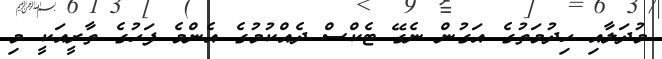
މުދަލާއި ހިދުމަތުގެ އަގުން ނެގޭ ޓެކްސް ދެއްކުމުގެ އެންމެ ފަހުގެ ތާރީއަކީ މި